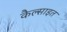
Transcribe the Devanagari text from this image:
कैल्साइत